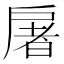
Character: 𫼏